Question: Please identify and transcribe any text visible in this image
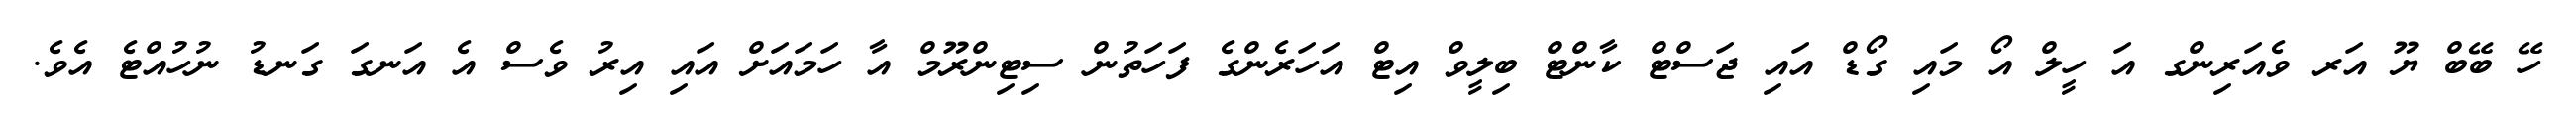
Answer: ހޭ ބޭބް ޔޫ އަރ ވެއަރިންގ އަ ހީލް އޯ މައި ގޯޑް އައި ޖަސްޓް ކާންޓް ބިލީވް އިޓް އަހަރެންގެ ފަހަތުން ސިޓިންރޫމް އާ ހަމައަށް އައި އިރު ވެސް އެ އަނގަ ގަނޑު ނުހުއްޓެ އެވެ.